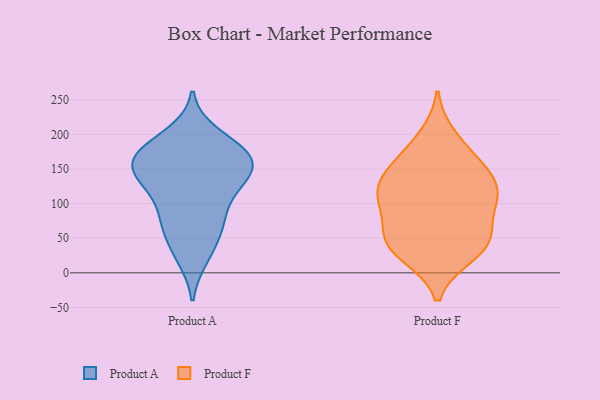
{"axis": {"x": "Budget (USD K)", "y": "Value"}, "legend": ["Product A", "Product F"], "data": [{"x": "", "y": 167, "type": "Product A"}, {"x": "", "y": 190, "type": "Product A"}, {"x": "", "y": 69, "type": "Product A"}, {"x": "", "y": 136, "type": "Product A"}, {"x": "", "y": 146, "type": "Product A"}, {"x": "", "y": 200, "type": "Product A"}, {"x": "", "y": 73, "type": "Product A"}, {"x": "", "y": 154, "type": "Product A"}, {"x": "", "y": 174, "type": "Product A"}, {"x": "", "y": 170, "type": "Product A"}, {"x": "", "y": 61, "type": "Product A"}, {"x": "", "y": 155, "type": "Product A"}, {"x": "", "y": 126, "type": "Product A"}, {"x": "", "y": 22, "type": "Product A"}, {"x": "", "y": 29, "type": "Product A"}, {"x": "", "y": 154, "type": "Product A"}, {"x": "", "y": 84, "type": "Product A"}, {"x": "", "y": 127, "type": "Product A"}, {"x": "", "y": 176, "type": "Product A"}, {"x": "", "y": 109, "type": "Product A"}, {"x": "", "y": 27, "type": "Product F"}, {"x": "", "y": 122, "type": "Product F"}, {"x": "", "y": 197, "type": "Product F"}, {"x": "", "y": 48, "type": "Product F"}, {"x": "", "y": 42, "type": "Product F"}, {"x": "", "y": 103, "type": "Product F"}, {"x": "", "y": 53, "type": "Product F"}, {"x": "", "y": 97, "type": "Product F"}, {"x": "", "y": 134, "type": "Product F"}, {"x": "", "y": 57, "type": "Product F"}, {"x": "", "y": 25, "type": "Product F"}, {"x": "", "y": 145, "type": "Product F"}, {"x": "", "y": 101, "type": "Product F"}, {"x": "", "y": 153, "type": "Product F"}, {"x": "", "y": 117, "type": "Product F"}, {"x": "", "y": 173, "type": "Product F"}]}